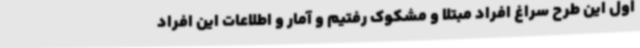
اول این طرح سراغ افراد مبتلا و مشکوک رفتیم و آمار و اطلاعات این افراد